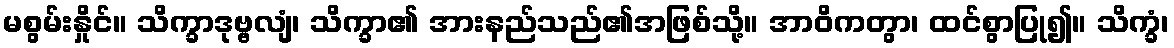
မစွမ်းနှိုင်။ သိက္ခာဒုဗ္ဗလျံ၊ သိက္ခာ၏ အားနည်သည်၏အဖြစ်သို့။ အာဝိကတွာ၊ ထင်စွာပြု၍။ သိက္ခံ၊